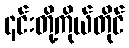
၎င်းတို့ကိုယ်တိုင်